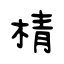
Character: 棈